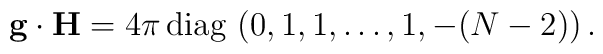
{\bf g}\cdot {\bf H} ={4\pi } \,{\rm diag}\,\, (0,           1,1, \dots,  1 , -(N-2))  \, .